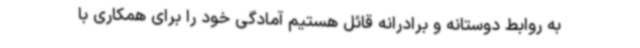
به روابط دوستانه و برادرانه قائل هستیم آمادگی خود را برای همکاری با